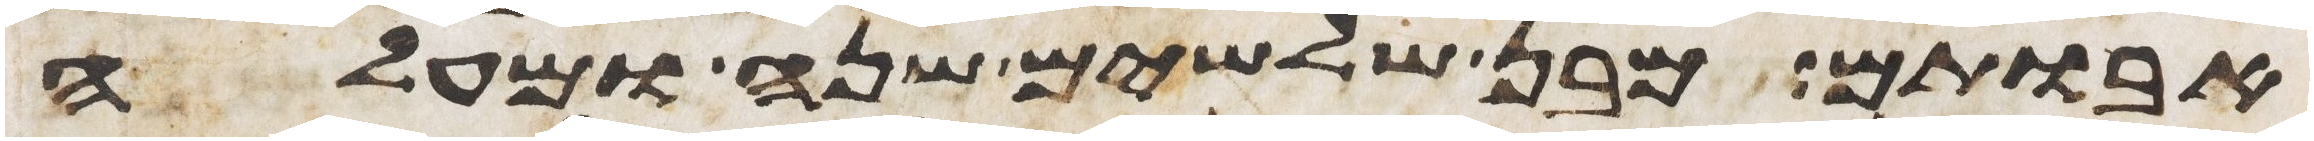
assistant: אבותם מבן שלשים שנה ומעלה